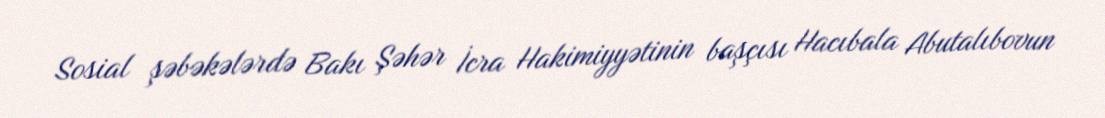
Sosial şəbəkələrdə Bakı Şəhər İcra Hakimiyyətinin başçısı Hacıbala Abutalıbovun